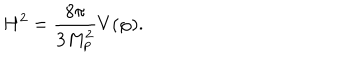
LaTeX: H ^ { 2 } = \frac { 8 \pi } { 3 M _ { p } ^ { 2 } } V ( \varphi ) .